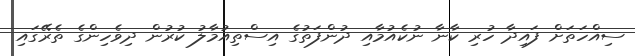
ސިއްހަތަށް ފައިދާ ހުރި ކާނާ ނުކެއުމާއި ދުންފަތުގެ އިސްތިއުމާލު ކުރުން ދިވެހިންގެ ތެރޭގައި